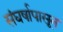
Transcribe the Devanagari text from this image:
संघर्षापासून